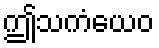
ဤသကံယေဝ